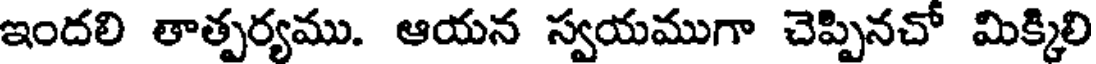
ఇందలి తాత్పర్యము. ఆయన స్వయముగా చెప్పినచో మిక్కిలి